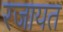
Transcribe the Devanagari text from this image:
रजायत